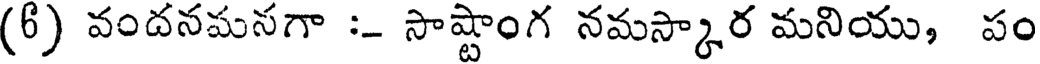
(6) వందనమనగా :- సాష్టాంగ నమస్కార మనియు, పం